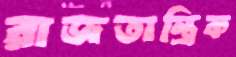
রাজতান্ত্রিক